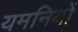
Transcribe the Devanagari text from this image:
यमनियों